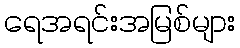
ရေအရင်းအမြစ်များ